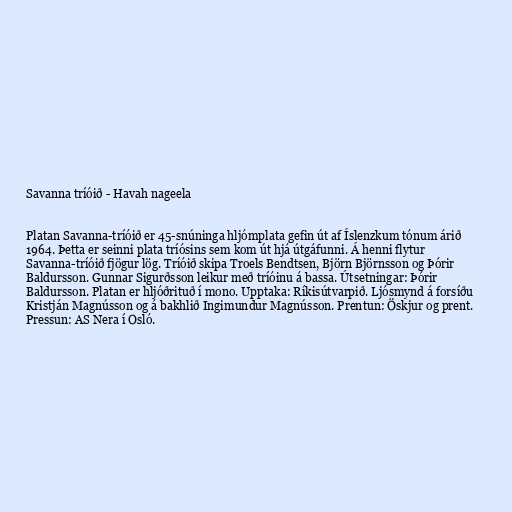
Savanna tríóið - Havah nageela

Platan Savanna-tríóið er 45-snúninga hljómplata gefin út af Íslenzkum tónum árið
1964. Þetta er seinni plata tríósins sem kom út hjá útgáfunni. Á henni flytur
Savanna-tríóið fjögur lög. Tríóið skipa Troels Bendtsen, Björn Björnsson og Þórir
Baldursson. Gunnar Sigurðsson leikur með tríóinu á bassa. Útsetningar: Þórir
Baldursson. Platan er hljóðrituð í mono. Upptaka: Ríkisútvarpið. Ljósmynd á forsíðu
Kristján Magnússon og á bakhlið Ingimundur Magnússon. Prentun: Öskjur og prent.
Pressun: AS Nera í Osló.